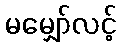
မမျှော်လင့်